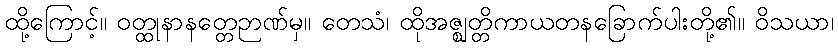
ထို့ကြောင့်။ ဝတ္ထုနာနတ္တေဉာဏ်မှ။ တေသံ၊ ထိုအဇ္ဈတ္တိကာယတနခြောက်ပါးတို့၏။ ဝိသယာ၊